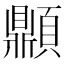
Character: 𩕢